Proceedings of the meeting of veterinary officers in India
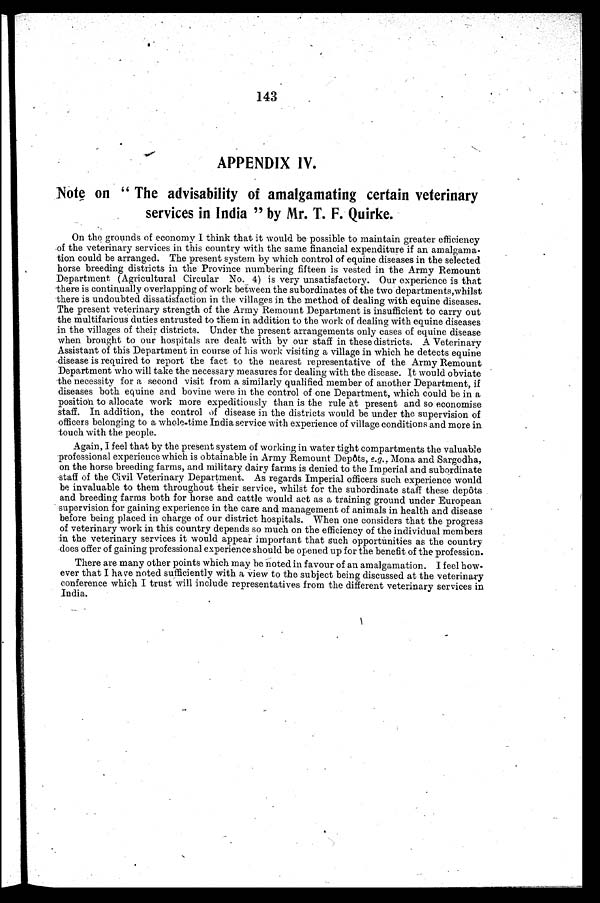
143
APPENDIX IV.
Note on "The advisability of amalgamating certain veterinary
services in India" by Mr. T. F. Quirke.
On the grounds of economy I think that it would be possible to maintain greater efficiency
of the veterinary services in this country with the same financial expenditure if an amalgama-
tion could be arranged. The present system by which control of equine diseases in the selected
horse breeding districts in the Province numbering fifteen is vested in the Army Remount
Department (Agricultural Circular No. 4) is very unsatisfactory. Our experience is that
there is continually overlapping of work between the subordinates of the two departments,whilst
there is undoubted dissatisfaction in the villages in the method of dealing with equine diseases.
The present veterinary strength of the Army Remount Department is insufficient to carry out
the multifarious duties entrusted to them in addition to the work of dealing with equine diseases
in the villages of their districts. Under the present arrangements only cases of equine disease
when brought to our hospitals are dealt with by our staff in these districts. A Veterinary
Assistant of this Department in course of his work visiting a village in which he detects equine
disease is required to report the fact to the nearest representative of the Army Remount
Department who will take the necessary measures for dealing with the disease. It would obviate
the necessity for a second visit from a similarly qualified member of another Department, if
diseases both equine and bovine were in the control of one Department, which could be in a
position to allocate work more expeditiously than is the rule at present and so economise
staff. In addition, the control of disease in the districts would be under the supervision of
officers belonging to a whole-time India service with experience of village conditions and more in
touch with the people.
Again, I feel that by the present system of working in water tight compartments the valuable
professional experience which is obtainable in Army Remount Depôts, e.g., Mona and Sargodha,
on the horse breeding farms, and military dairy farms is denied to the Imperial and subordinate
staff of the Civil Veterinary Department. As regards Imperial officers such experience would
be invaluable to them throughout their service, whilst for the subordinate staff these depôts
and breeding farms both for horse and cattle would act as a training ground under European
supervision for gaining experience in the care and management of animals in health and disease
before being placed in charge of our district hospitals. When one considers that the progress
of veterinary work in this country depends so much on the efficiency of the individual members
in the veterinary services it would appear important that such opportunities as the country
does offer of gaining professional experience should be opened up for the benefit of the profession.
There are many other points which may be noted in favour of an amalgamation. I feel how-
ever that I have noted sufficiently with a view to the subject being discussed at the veterinary
conference which I trust will include representatives from the different veterinary services in
India.